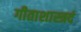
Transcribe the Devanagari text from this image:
गीताशास्त्रदं